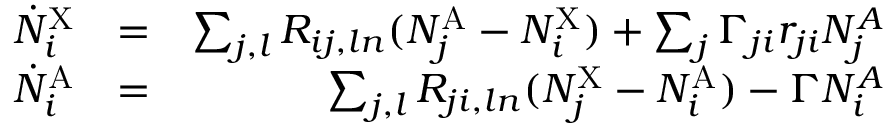
\begin{array} { r l r } { \dot { N } _ { i } ^ { \mathrm { X } } } & { = } & { \sum _ { j , l } R _ { i j , l n } ( N _ { j } ^ { \mathrm { A } } - N _ { i } ^ { \mathrm { X } } ) + \sum _ { j } \Gamma _ { j i } r _ { j i } N _ { j } ^ { A } } \\ { \dot { N } _ { i } ^ { \mathrm { A } } } & { = } & { \sum _ { j , l } R _ { j i , l n } ( N _ { j } ^ { \mathrm { X } } - N _ { i } ^ { \mathrm { A } } ) - \Gamma N _ { i } ^ { A } } \end{array}